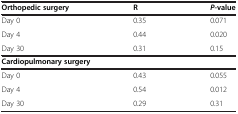
<table><thead><tr><td><b>Orthopedic surgery</b></td><td><b>R</b></td><td><b><i>P</i>-value</b></td></tr></thead><tbody><tr><td>Day 0</td><td>0.35</td><td>0.071</td></tr><tr><td>Day 4</td><td>0.44</td><td>0.020</td></tr><tr><td>Day 30</td><td>0.31</td><td>0.15</td></tr><tr><td colspan="3"><b>Cardiopulmonary surgery</b></td></tr><tr><td>Day 0</td><td>0.43</td><td>0.055</td></tr><tr><td>Day 4</td><td>0.54</td><td>0.012</td></tr><tr><td>Day 30</td><td>0.29</td><td>0.31</td></tr></tbody></table>